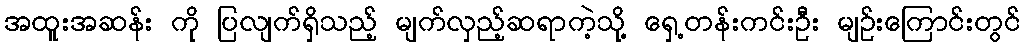
အထူးအဆန်း ကို ပြလျက်ရှိသည့် မျက်လှည့်ဆရာကဲ့သို့ ရှေ့တန်းကင်းဦး မျဉ်းကြောင်းတွင်